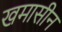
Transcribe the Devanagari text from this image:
खमासीन